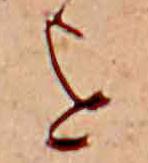
を